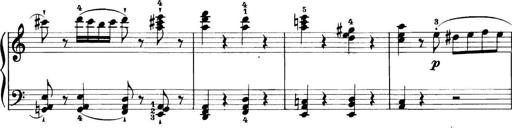
Title: 11 Sonatinas
Composer: Anton Diabelli